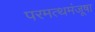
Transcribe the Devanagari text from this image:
परमत्थमंजूषा